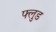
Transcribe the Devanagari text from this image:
फ्लुड